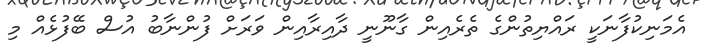
އެމަނިކުފާނަކީ ރައްޔިތުންގެ ތެރެއިން ގާނޫނީ ދާއިރާއިން ވަރަށް ފުންނާބު އުސް ބޭފުޅެއް މި